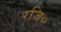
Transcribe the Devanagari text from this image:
रजि०